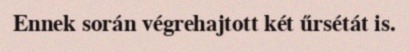
Ennek során végrehajtott két űrsétát is.